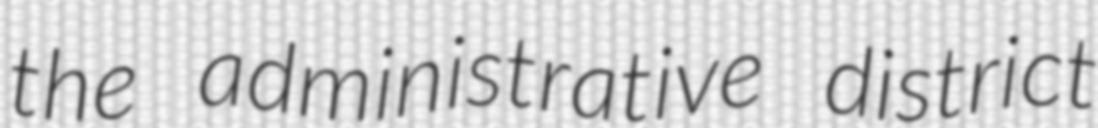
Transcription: the administrative district